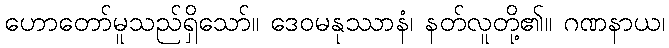
ဟောတော်မူသည်ရှိသော်။ ဒေဝမနုဿာနံ၊ နတ်လူတို့၏။ ဂဏနာယ၊